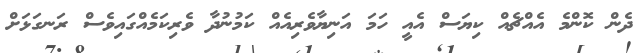
ދެން ކޮންމެ އެއްޗެއް ކިޔަސް އެއީ ހަމަ އަނިޔާވެރިއެއް ކަމުނުދާ ވެރިކަމެއްގައިވެސް ރަނގަޅަށް